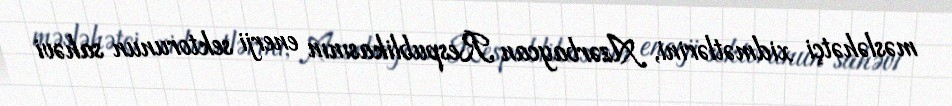
məsləhətçi xidmətlərini, Azərbaycan Respublikasının enerji sektorunun sahəvi